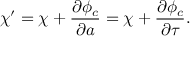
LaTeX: \chi ^ { \prime } = \chi + \frac { \partial \phi _ { c } } { \partial a } = \chi + \frac { \partial \phi _ { c } } { \partial \tau } .